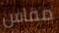
مقاس